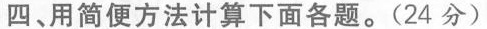
四、用简便方法计算下面各题。(24分)